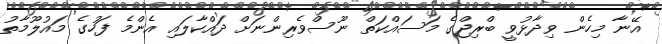
އޭނާ މިހެން ވިދާޅުވީ ބްރިޖްގެ މަސައްކަތް ނޫސްވެރިންނަށް ދައްކާލައި އެންމެ ފަހުގެ މައުލޫމާތު